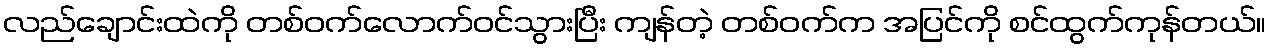
လည်ချောင်းထဲကို တစ်ဝက်လောက်ဝင်သွားပြီး ကျန်တဲ့ တစ်ဝက်က အပြင်ကို စင်ထွက်ကုန်တယ်။